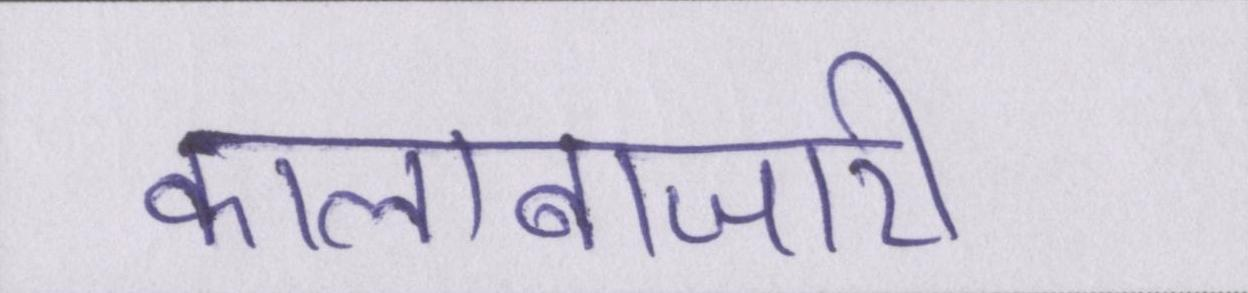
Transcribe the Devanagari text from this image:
कालाबाजारी